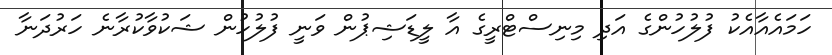
ހަމައެއާއެކު ފުލުހުންގެ އަދި މިނިސްޓްރީގެ އާ ލީޑަޝިޕުން ވަނީ ފުލުހުން ޝަކުވާކުރާނެ ހަރުދަނާ